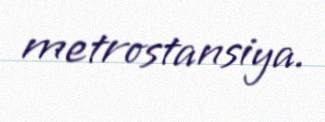
metrostansiya.